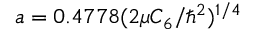
a = 0 . 4 7 7 8 ( 2 \mu C _ { 6 } / \hbar ^ { 2 } ) ^ { 1 / 4 }